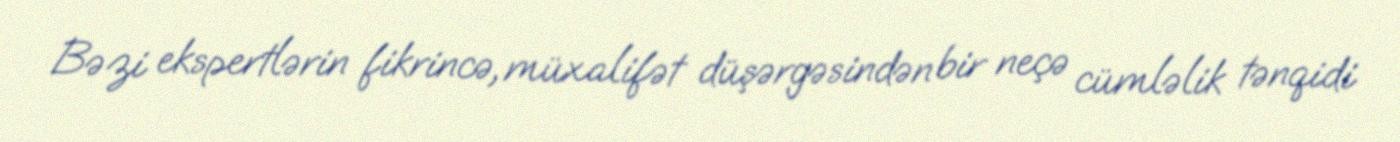
Bəzi ekspertlərin fikrincə, müxalifət düşərgəsindən bir neçə cümləlik tənqidi